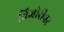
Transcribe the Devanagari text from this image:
तिजोरीवर